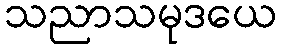
သညာသမုဒယေ